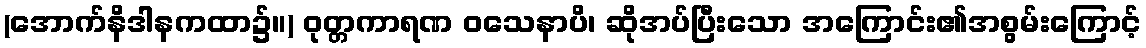
(အောက်နိဒါနကထာ၌။) ဝုတ္တကာရဏ ဝသေနာပိ၊ ဆိုအပ်ပြီးသော အကြောင်း၏အစွမ်းကြောင့်